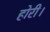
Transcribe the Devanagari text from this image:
होरी।